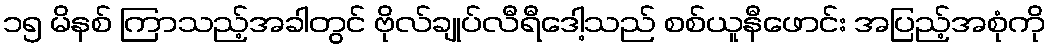
၁၅ မိနစ် ကြာသည့်အခါတွင် ဗိုလ်ချုပ်လီရီဒေါ့သည် စစ်ယူနီဖောင်း အပြည့်အစုံကို